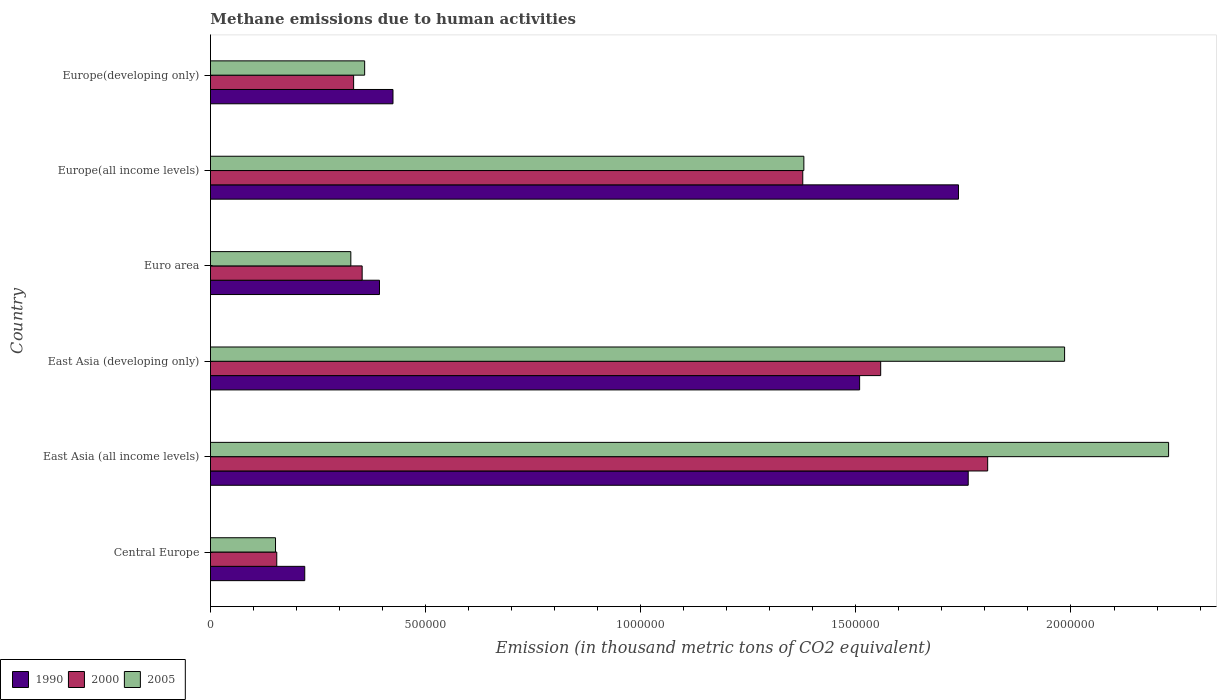
| Country | 1990 | 2000 | 2005 |
 | --- | --- | --- | --- |
 | Central Europe | 2.19e+05 | 1.54e+05 | 1.51e+05 |
 | East Asia (all income levels) | 1.76e+06 | 1.81e+06 | 2.23e+06 |
 | East Asia (developing only) | 1.51e+06 | 1.56e+06 | 1.99e+06 |
 | Euro area | 3.93e+05 | 3.53e+05 | 3.26e+05 |
 | Europe(all income levels) | 1.74e+06 | 1.38e+06 | 1.38e+06 |
 | Europe(developing only) | 4.24e+05 | 3.33e+05 | 3.58e+05 |